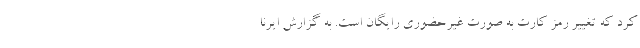
کرد که تغییر رمز کارت به صورت غیرحضوری رایگان است. به گزارش ایرنا